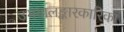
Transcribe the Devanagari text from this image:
उभयालङ्कारकारिका